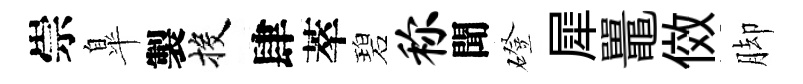
崇臯製投肆萃碧称聞磴犀鼉傚脚